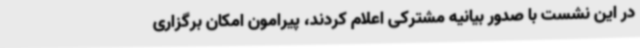
در این نشست با صدور بیانیه مشترکی اعلام کردند، پیرامون امکان برگزاری